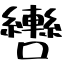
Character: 轡